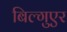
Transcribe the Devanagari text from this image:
बिल्गुएर